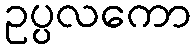
ဥပ္ပလကော